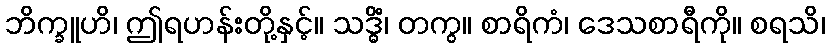
ဘိက္ခူဟိ၊ ဤရဟန်းတို့နှင့်။ သဒ္ဓိံ၊ တကွ။ စာရိကံ၊ ဒေသစာရီကို။ စရသိ၊